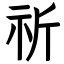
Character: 祈